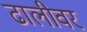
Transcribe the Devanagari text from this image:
ढालीवर